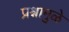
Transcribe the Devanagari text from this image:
प्रश्नामुळे